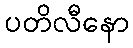
ပတိလီနော